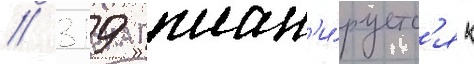
// 319 план'и́руетс'я к